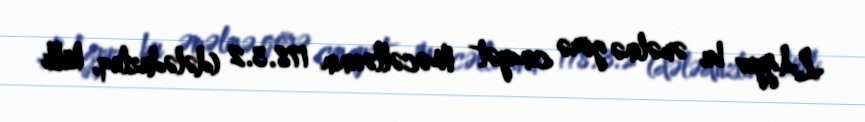
L.Ağyev bu əməlinə görə cinayət Məcəlləsinin 178.3.2 (dələduzluq, külli